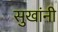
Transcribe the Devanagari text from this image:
सुखांनी